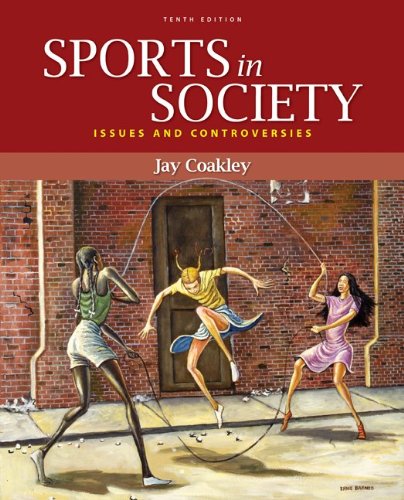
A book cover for Sports in Society: Issues and Controversies; Jay Coakley; Sports & Outdoors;